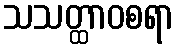
သသတ္ထာဝစရာ